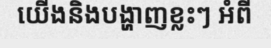
យើងនិងបង្ហាញខ្លះៗ អំពី